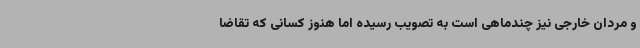
و مردان خارجی نیز چندماهی است به تصویب رسیده اما هنوز کسانی که تقاضا